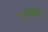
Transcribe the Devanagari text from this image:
ट्रांस्मिट